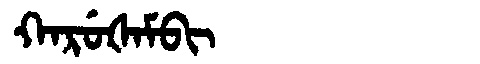
Manchu: ᡴᠠᡵᡠᡧᠠᠮᠪᡳ
Romanization: KARUŠAMBI